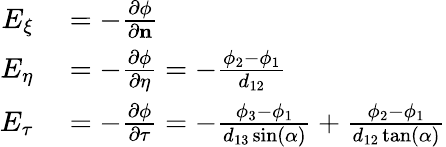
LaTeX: \begin{array}{rl}{E_{\xi}}&{{}=-\frac{\partial\phi}{\partial\mathbf{n}}}\\ {E_{\eta}}&{{}=-\frac{\partial\phi}{\partial\eta}=-\frac{\phi_{2}-\phi_{1}}{d_{12}}}\\ {E_{\tau}}&{{}=-\frac{\partial\phi}{\partial\tau}=-\frac{\phi_{3}-\phi_{1}}{d_{13}\sin(\alpha)}+\frac{\phi_{2}-\phi_{1}}{d_{12}\tan(\alpha)}}\end{array}